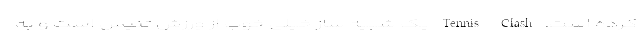
کرده است. Tennis Clash یک شبیه ساز خیلی خوب از ورزش تنیس است و به